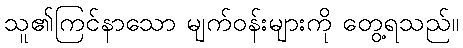
သူ၏ကြင်နာသော မျက်ဝန်းများကို တွေ့ရသည်။